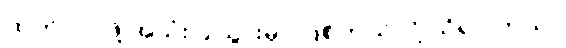
ထုတ်လုပ်ဖို့ အသုံးပြုသွားမှာ ဖြစ်တယ်လို့ သိရပါတယ်။